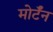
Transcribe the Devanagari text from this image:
मोर्टॅन